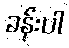
ခန်းပါ